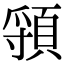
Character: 頱